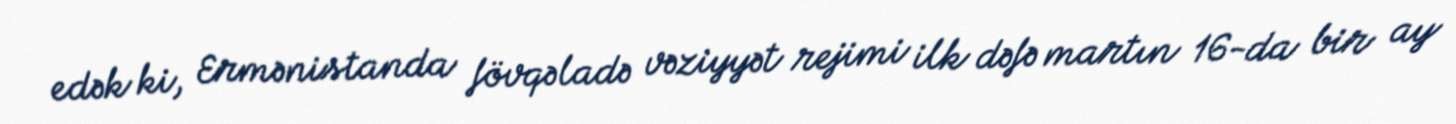
edək ki, Ermənistanda fövqəladə vəziyyət rejimi ilk dəfə martın 16-da bir ay